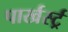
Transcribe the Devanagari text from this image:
पार्खर्स्ट्र